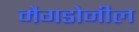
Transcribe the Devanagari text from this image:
मैगडोनील